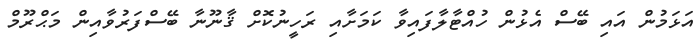
އަޅަމުން އައި ބޭސް އެޅުން ހުއްޓާލާފައިވާ ކަމަށާއި ރަހީނުކޮށް ޤާނޫނާ ބޭސްފަރުވާއިން މަޙްރޫމް